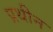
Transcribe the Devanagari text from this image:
प्रथीन